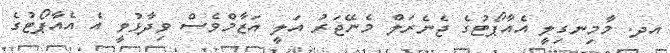
އދ. މާމިނގިލީ އެއާޕޯޓުގެ ޖެނެރަލް މެނޭޖަރު އަލީ އަޒާމްވެސް ވިދާޅުވީ އެ އެއާޕޯޓުގެ